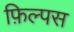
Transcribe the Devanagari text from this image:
फ़िल्पस